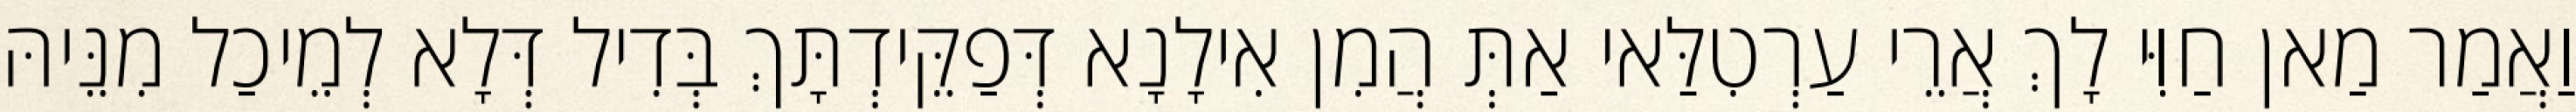
וַאֲמַר מַאן חַוִּי לָךְ אֲרֵי עַרְטִלַּאי אַתְּ הֲמִן אִילָנָא דְּפַקֵּידְתָּךְ בְּדִיל דְּלָא לְמֵיכַל מִנֵּיהּ